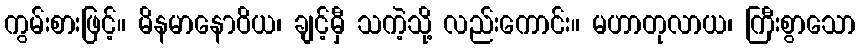
ကွမ်းစားဖြင့်။ မိနမာနောဝိယ၊ ချင့်မှီ သကဲ့သို့ လည်းကောင်း။ မဟာတုလာယ၊ ကြီးစွာသော